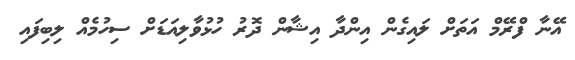
އޭނާ ފްރޭމް އަތަށް ލައިގެން އިންދާ އިޝާން ދޮރު ހުޅުވާލިއަޑަށް ސިހުމެއް ލިބިފައި